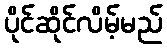
ပိုင်ဆိုင်လိမ့်မည်